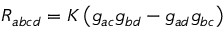
R _ { a b c d } = { \cal K } \left( g _ { a c } g _ { b d } - g _ { a d } g _ { b c } \right)